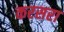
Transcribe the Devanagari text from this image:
करसरा